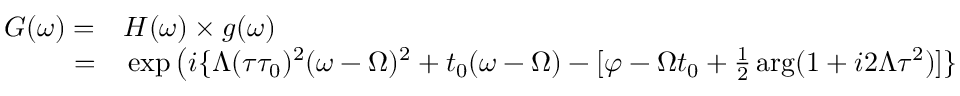
\begin{array} { r l } { G ( \omega ) = } & { { } H ( \omega ) \times g ( \omega ) } \\ { = } & { { } \exp \left( i \{ \Lambda ( \tau \tau _ { 0 } ) ^ { 2 } ( \omega - \Omega ) ^ { 2 } + t _ { 0 } ( \omega - \Omega ) - [ \varphi - \Omega t _ { 0 } + \frac { 1 } { 2 } \arg ( 1 + i 2 \Lambda \tau ^ { 2 } ) ] \} \right) } \end{array}